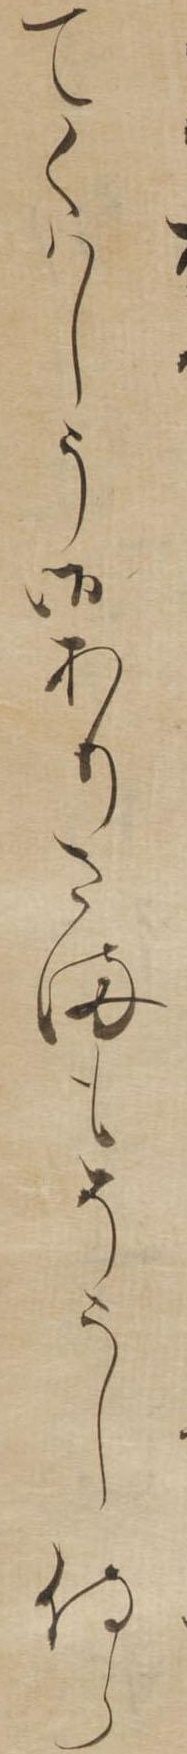
てくはしう御ありさまもそうし侍ら